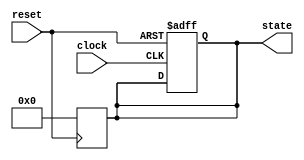
module reset_condition_block (
    input wire reset,          // Reset signal (active-high or active-low)
    input wire clock,         // Clock signal (optional for synchronous reset)
    output reg [7:0] state    // State output (8-bit wide for example)
);

// Parameter for reset value
parameter RESET_VALUE = 8'b00000000; // Define the reset value

// Synchronous reset behavior
always @(posedge clock or posedge reset) begin
    if (reset) begin
        state <= RESET_VALUE; // Set state to reset value on reset assertion
    end else begin
        // Regular operational behavior (to be defined)
        // For example, state could be updated based on other inputs
        // state <= some_logic_based_on_inputs;
    end
end

// Asynchronous reset behavior (if needed)
always @(negedge reset) begin
    if (!reset) begin
        state <= RESET_VALUE; // Set state to reset value on reset assertion
    end
end

endmodule